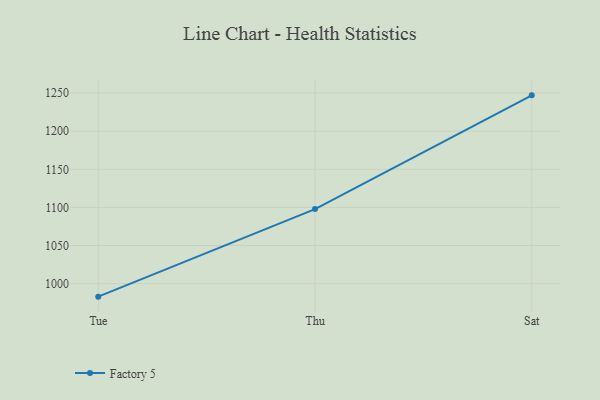
{"axis": {"x": "Day", "y": "Budget (USD K)"}, "legend": ["Factory 5"], "data": [{"x": "Tue", "y": 983.0, "type": "Factory 5"}, {"x": "Thu", "y": 1097.8, "type": "Factory 5"}, {"x": "Sat", "y": 1247.0, "type": "Factory 5"}]}